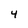
Character: 4